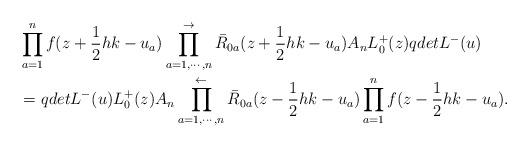
LaTeX: \begin{align*}&\prod_{a=1}^{n}f(z+\frac{1}{2}hk-u_{a})\prod_{a=1,\cdots,n}^{\rightarrow}\bar{R}_{0a}(z+\frac{1}{2}hk-u_{a})A_{n}L_0^{+}(z)qdetL^{-}(u)\\&=qdetL^{-}(u)L_0^{+}(z)A_{n}\prod_{a=1,\cdots,n}^{\leftarrow}\bar{R}_{0a}(z-\frac{1}{2}hk-u_{a})\prod_{a=1}^{n}f(z-\frac{1}{2}hk-u_{a}).\end{align*}